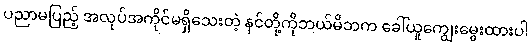
ပညာမပြည့် အလုပ်အကိုင်မရှိသေးတဲ့ နင်တို့ကိုဘယ်မိဘက ခေါ်ယူကျွေးမွေးထားပါ